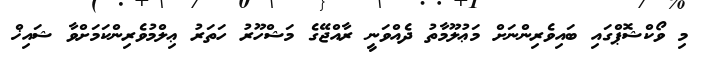
މި ވޯކްޝޮޕްގައި ބައިވެރިންނަށް މަޢުލޫމާތު ދެއްވަނީ ރާއްޖޭގެ މަޝްހޫރު ހަތަރު ޢިލްމުވެރިންކަމަށްވާ ޝައިޚް